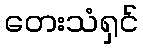
တေးသံရှင်